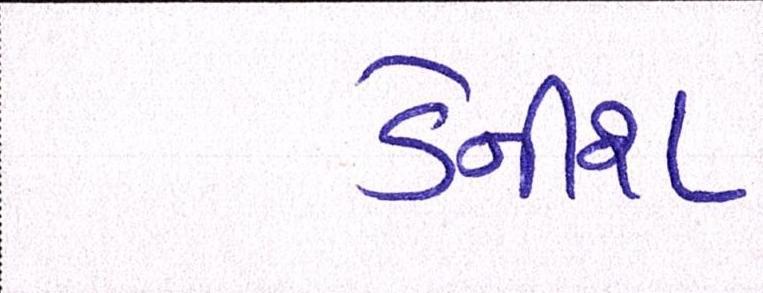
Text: ડેનીશ